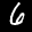
Label: 6